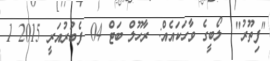
"ފިތޫރު"  ލޯބީގެ ވާހަކައެއް: ރާހޫލް ބަޓް 04 ފެބުރުއަރީ 2015 1